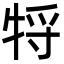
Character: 㸹